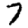
Digit: 7